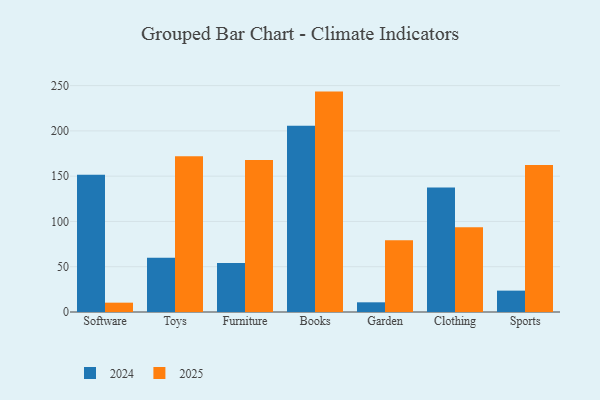
{"axis": {"x": "Category", "y": "Production Output"}, "legend": ["2024", "2025"], "data": [{"x": "Software", "y": 10.3, "type": "2025"}, {"x": "Software", "y": 151.7, "type": "2024"}, {"x": "Toys", "y": 171.9, "type": "2025"}, {"x": "Toys", "y": 59.9, "type": "2024"}, {"x": "Furniture", "y": 168.0, "type": "2025"}, {"x": "Furniture", "y": 54.1, "type": "2024"}, {"x": "Books", "y": 243.4, "type": "2025"}, {"x": "Books", "y": 205.7, "type": "2024"}, {"x": "Garden", "y": 79.3, "type": "2025"}, {"x": "Garden", "y": 10.7, "type": "2024"}, {"x": "Clothing", "y": 93.6, "type": "2025"}, {"x": "Clothing", "y": 137.6, "type": "2024"}, {"x": "Sports", "y": 162.3, "type": "2025"}, {"x": "Sports", "y": 23.6, "type": "2024"}]}